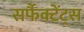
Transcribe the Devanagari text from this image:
सर्फैक्टेंट्स